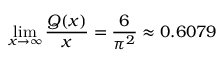
\operatorname* { l i m } _ { x \to \infty } { \frac { Q ( x ) } { x } } = { \frac { 6 } { \pi ^ { 2 } } } \approx 0 . 6 0 7 9